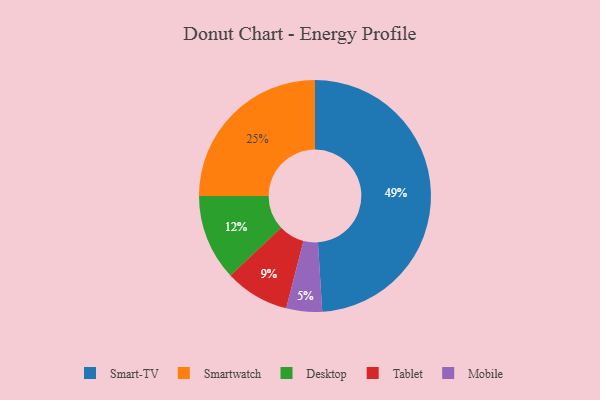
{"axis": {"x": "Category", "y": "Percentage"}, "legend": ["Desktop", "Mobile", "Smart-TV", "Smartwatch", "Tablet"], "data": [{"x": "Smartwatch", "y": 25, "type": "Smartwatch"}, {"x": "Tablet", "y": 9, "type": "Tablet"}, {"x": "Desktop", "y": 12, "type": "Desktop"}, {"x": "Mobile", "y": 5, "type": "Mobile"}, {"x": "Smart-TV", "y": 49, "type": "Smart-TV"}]}